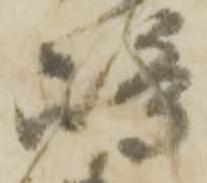
嶋